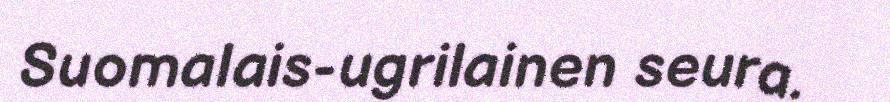
Suomalais-ugrilainen seura.